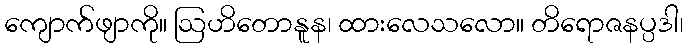
ကျောက်ဖျာကို။ ဩဟိတောနူန၊ ထားလေသလော။ တိရောဇနပ္ပဒါ၊